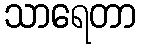
သာရေတာ